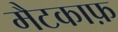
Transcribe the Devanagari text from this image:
मैटकाफ़